Trukikaitis_Postimees, lk 56
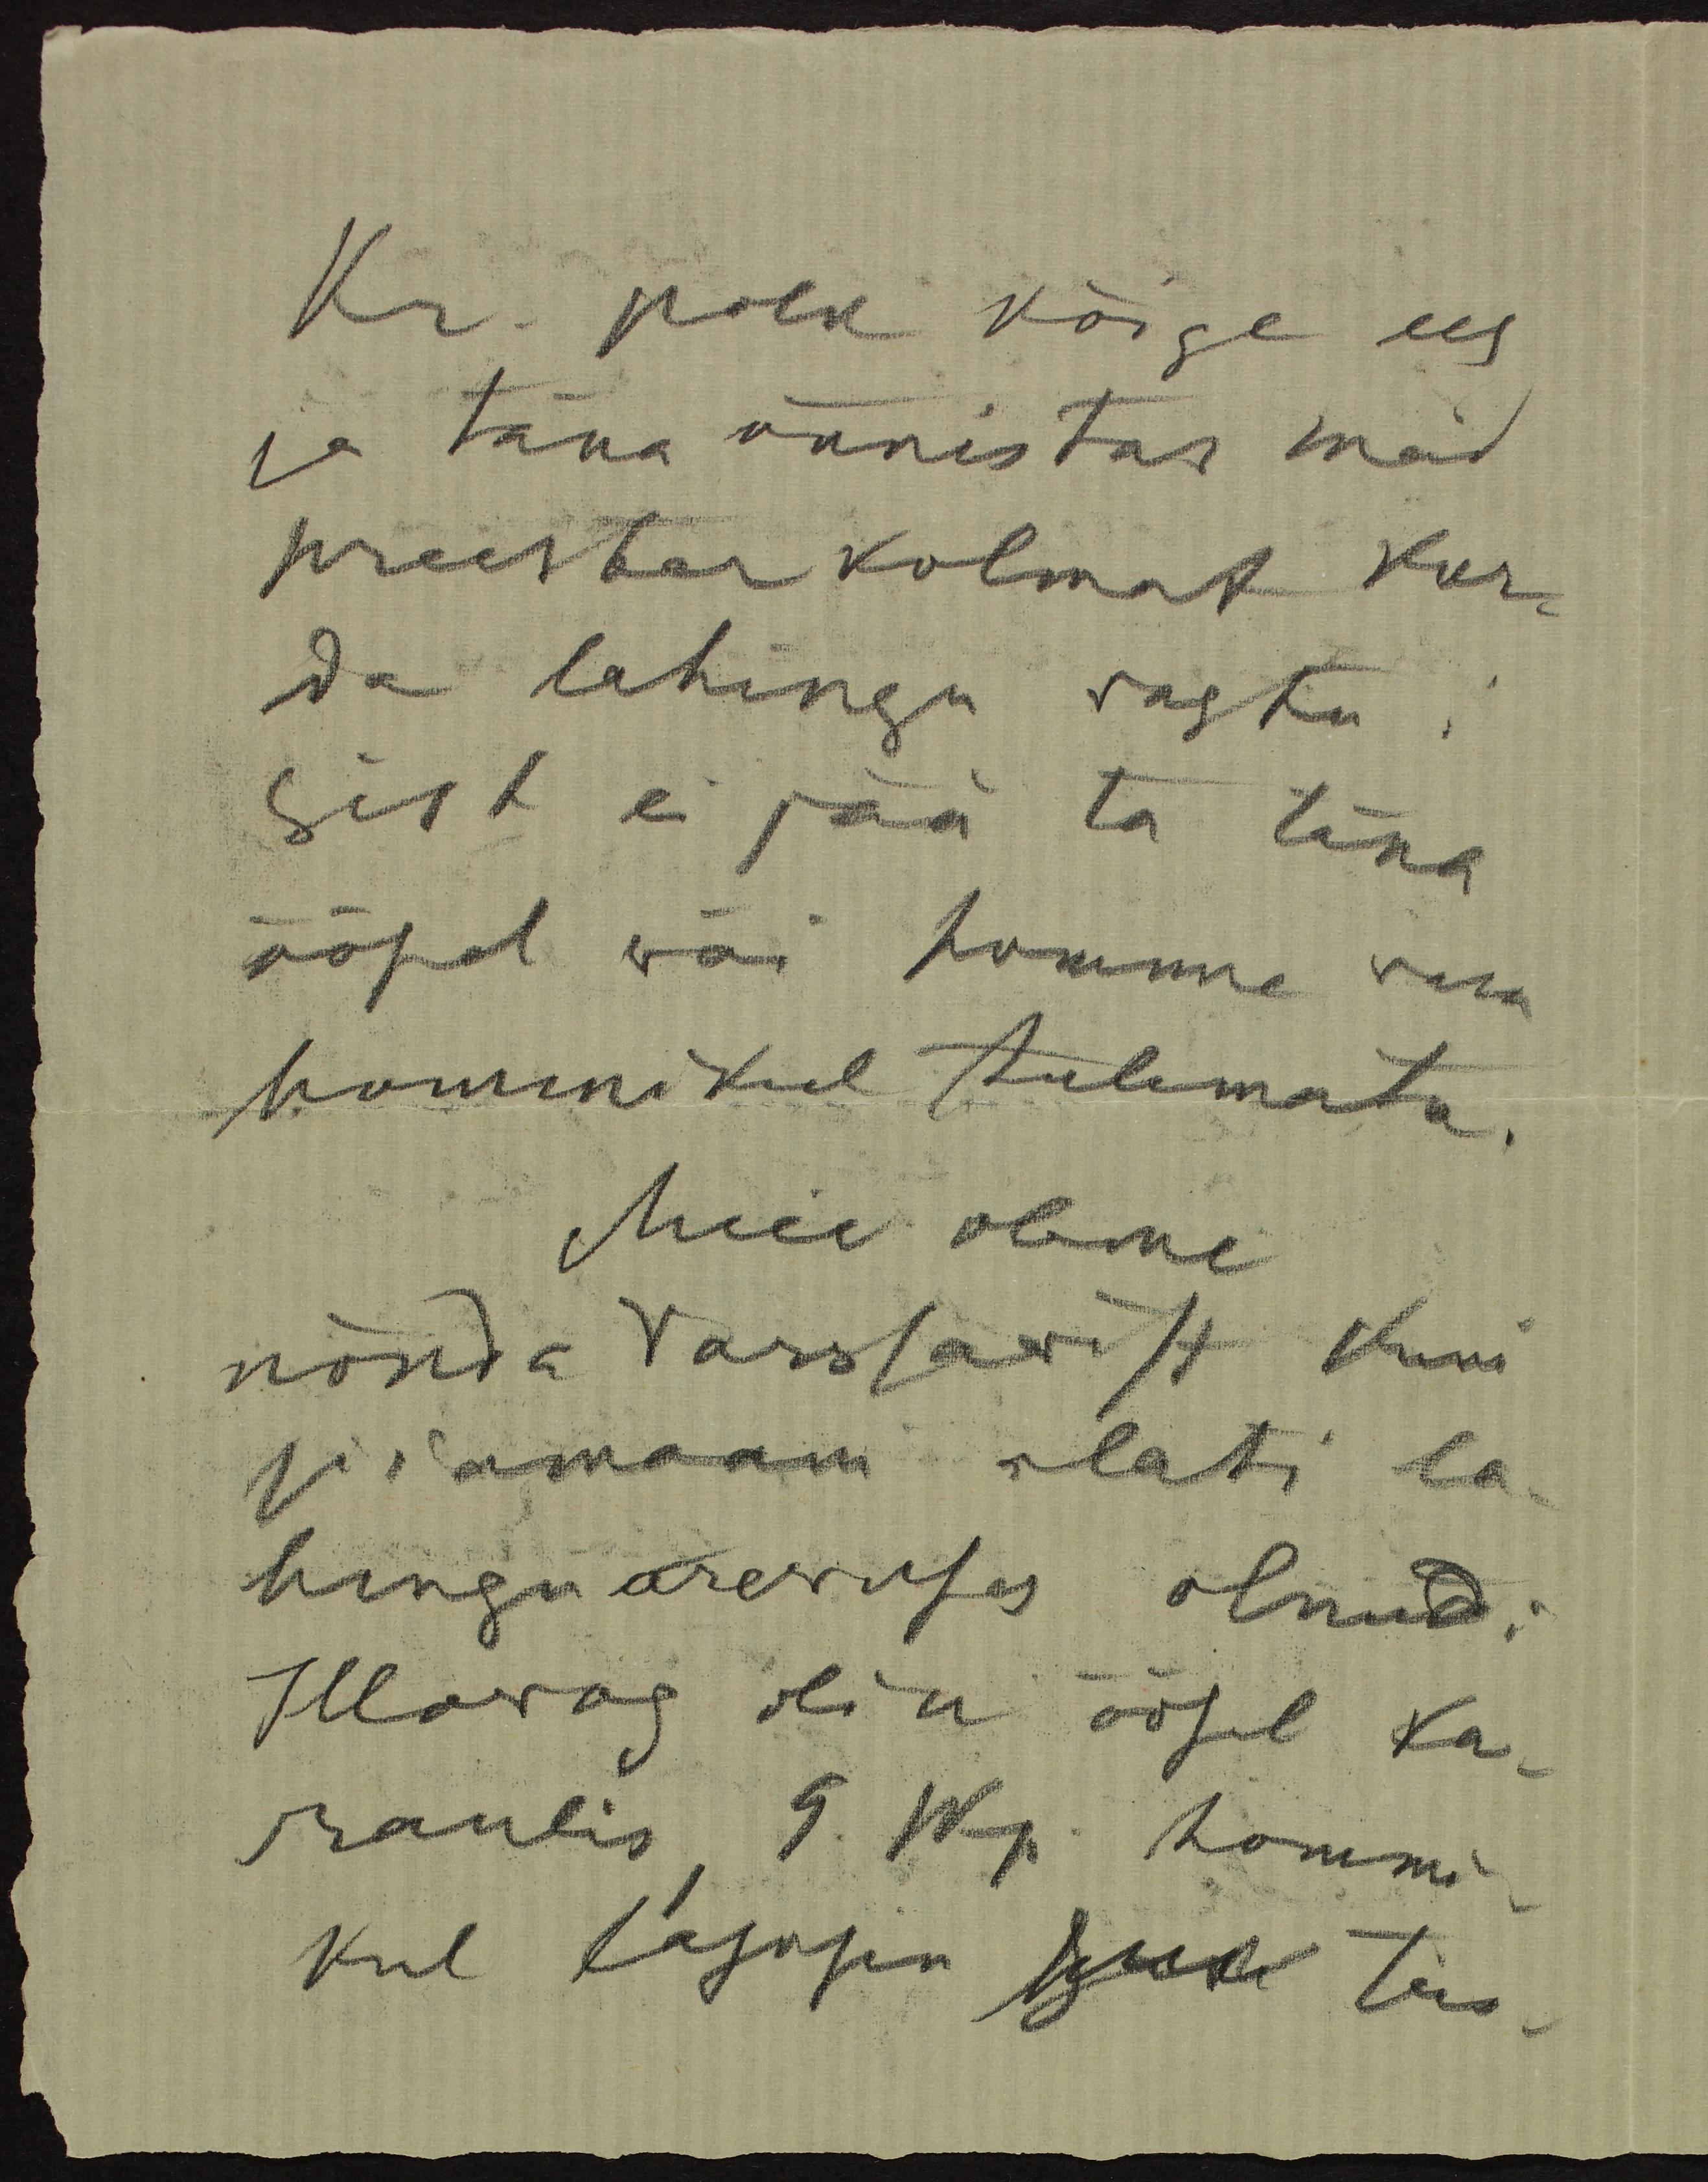
Kr. polk kõige ees
ja täna õnnistas meid
preester kolmat kor-
da lahingu vastu:
vist ei jää ta täna
öösel või homme vara
hommikul tulemata.
Meie oleme
nõnda Varssavist kuni
siiamaani alati la-
hinguärevuses olnud.
Illovos olin öösel ka-
raulis, 9. Wp. hommi-
kul lasksin juul teis-